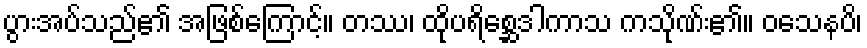
ပွားအပ်သည်၏ အဖြစ်ကြောင့်။ တဿ၊ ထိုပရိစ္ဆေဒါကာသ ကသိုဏ်း၏။ ဝသေနပိ၊